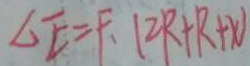
\Delta E = F . ( 2 R + R + x )